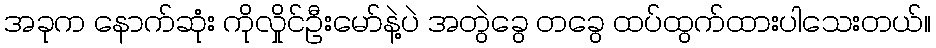
အခုက နောက်ဆုံး ကိုလှိုင်ဦးမော်နဲ့ပဲ အတွဲခွေ တခွေ ထပ်ထွက်ထားပါသေးတယ်။